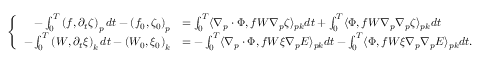
\left\{ \begin{array} { r l } { - \int _ { 0 } ^ { T } \left( f , \partial _ { t } \zeta \right) _ { p } d t - \left( f _ { 0 } , \zeta _ { 0 } \right) _ { p } } & { = \int _ { 0 } ^ { T } \langle \nabla _ { p } \cdot \Phi , f W \nabla _ { p } \zeta \rangle _ { p k } d t + \int _ { 0 } ^ { T } \langle \Phi , f W \nabla _ { p } \nabla _ { p } \zeta \rangle _ { p k } d t } \\ { - \int _ { 0 } ^ { T } \left( W , \partial _ { t } \xi \right) _ { k } d t - \left( W _ { 0 } , \xi _ { 0 } \right) _ { k } } & { = - \int _ { 0 } ^ { T } \langle \nabla _ { p } \cdot \Phi , f W \xi \nabla _ { p } E \rangle _ { p k } d t - \int _ { 0 } ^ { T } \langle \Phi , f W \xi \nabla _ { p } \nabla _ { p } E \rangle _ { p k } d t . } \end{array} \right.